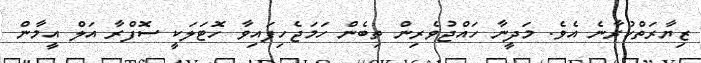
ޒިޔާރަތްކުރާނެ އެވެ. މަދީނާ ހައްޖުވެރިން ތިބެން ހަމަޖެހިފައިވާ ހޮޓަލަކީ ސޮފްރާ އަލް އީމާން